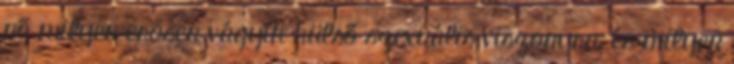
nő milyen erősen vágyik külső szexuális viszonyra, és milyen